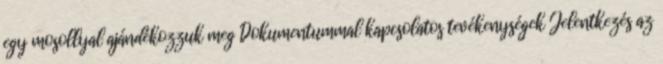
egy mosollyal ajándékozzuk meg Dokumentummal kapcsolatos tevékenységek Jelentkezés az